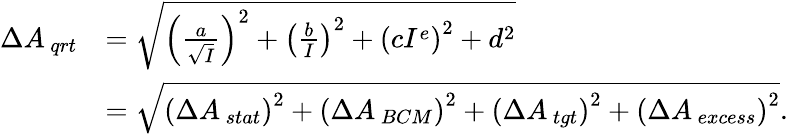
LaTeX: \begin{array}{rl}{\Delta{{A_{\, qrt}}}}&{=\sqrt{\left(\frac{a}{\sqrt{I}}\right)^{2}+\left(\frac{b}{I}\right)^{2}+\left(cI^{e}\right)^{2}+d^{2}}}\\ &{=\sqrt{\left(\Delta{{A_{\, stat}}}\right)^{2}+\left(\Delta{{A_{\, BCM}}}\right)^{2}+\left(\Delta{{A_{\, tgt}}}\right)^{2}+\left(\Delta{{A_{\, excess}}}\right)^{2}}.}\end{array}